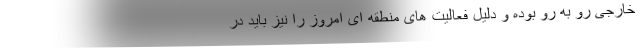
خارجی رو به رو بوده و دلیل فعالیت های منطقه ای امروز را نیز باید در